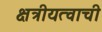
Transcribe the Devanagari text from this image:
क्षत्रीयत्वाची